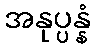
အနုပ္ပန္နံ